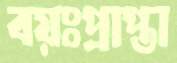
বয়ঃপ্রাপ্তা